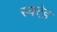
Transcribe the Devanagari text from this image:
स्वदेह